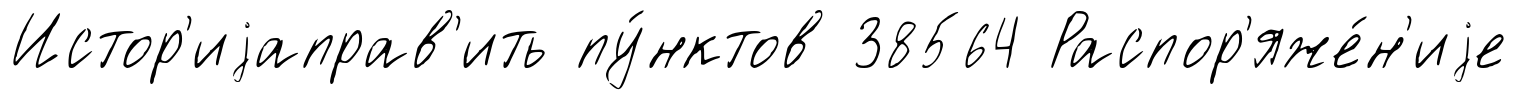
Истор'иjаправ'ить пу́нктов 38564 Распор'яже́н'иjе